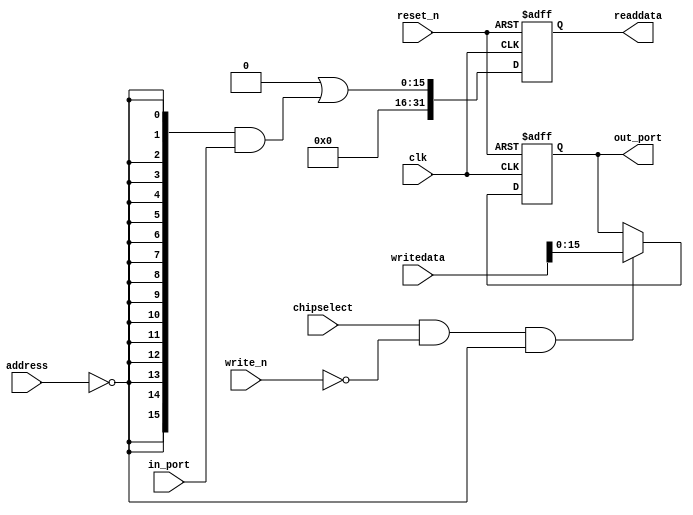
//Legal Notice: (C)2021 Altera Corporation. All rights reserved.  Your
//use of Altera Corporation's design tools, logic functions and other
//software and tools, and its AMPP partner logic functions, and any
//output files any of the foregoing (including device programming or
//simulation files), and any associated documentation or information are
//expressly subject to the terms and conditions of the Altera Program
//License Subscription Agreement or other applicable license agreement,
//including, without limitation, that your use is for the sole purpose
//of programming logic devices manufactured by Altera and sold by Altera
//or its authorized distributors.  Please refer to the applicable
//agreement for further details.

// synthesis translate_off
`timescale 1ns / 1ps
// synthesis translate_on

// turn off superfluous verilog processor warnings 
// altera message_level Level1 
// altera message_off 10034 10035 10036 10037 10230 10240 10030 

module nios_system_otg_hpi_data (
                                  // inputs:
                                   address,
                                   chipselect,
                                   clk,
                                   in_port,
                                   reset_n,
                                   write_n,
                                   writedata,

                                  // outputs:
                                   out_port,
                                   readdata
                                )
;

  output  [ 15: 0] out_port;
  output  [ 31: 0] readdata;
  input   [  1: 0] address;
  input            chipselect;
  input            clk;
  input   [ 15: 0] in_port;
  input            reset_n;
  input            write_n;
  input   [ 31: 0] writedata;


wire             clk_en;
wire    [ 15: 0] data_in;
reg     [ 15: 0] data_out;
wire    [ 15: 0] out_port;
wire    [ 15: 0] read_mux_out;
reg     [ 31: 0] readdata;
  assign clk_en = 1;
  //s1, which is an e_avalon_slave
  assign read_mux_out = {16 {(address == 0)}} & data_in;
  always @(posedge clk or negedge reset_n)
    begin
      if (reset_n == 0)
          readdata <= 0;
      else if (clk_en)
          readdata <= {32'b0 | read_mux_out};
    end


  always @(posedge clk or negedge reset_n)
    begin
      if (reset_n == 0)
          data_out <= 0;
      else if (chipselect && ~write_n && (address == 0))
          data_out <= writedata[15 : 0];
    end


  assign out_port = data_out;
  assign data_in = in_port;

endmodule